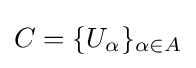
C=\{U_{\alpha }\}_{\alpha \in A}